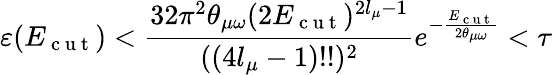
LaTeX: \varepsilon(E_{\mathrm{~c~u~t~}})<\frac{32\pi^{2}\theta_{\mu\omega}(2E_{\mathrm{~c~u~t~}})^{2l_{\mu}-1}}{((4l_{\mu}-1)!!)^{2}}e^{-\frac{E_{\mathrm{~c~u~t~}}}{2\theta_{\mu\omega}}}<\tau